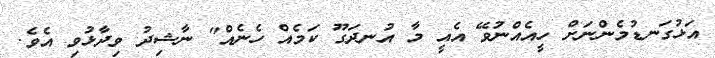
އަޅުގަނޑުމެންނަށް ހީއެއްނުވޭ އެއީ މާ އުނދަގޫ ކަމެއް ހެނެއް" ނާޝިދު ވިދާޅުވި އެވެ.